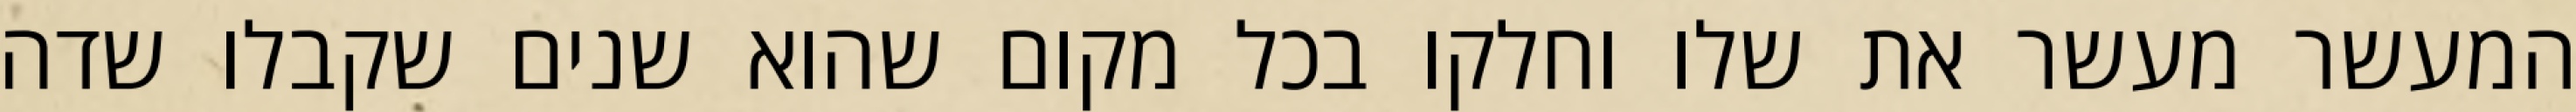
המעשר מעשר את שלו וחלקו בכל מקום שהוא שנים שקבלו שדה